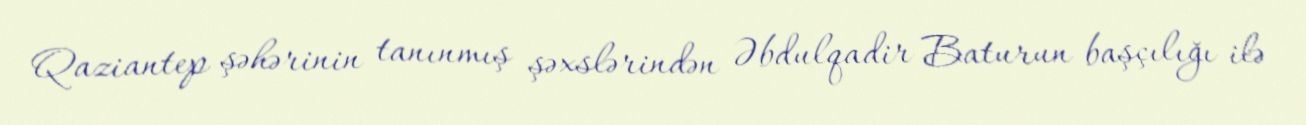
Qaziantep şəhərinin tanınmış şəxslərindən Əbdulqadir Baturun başçılığı ilə